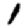
Digit: 1